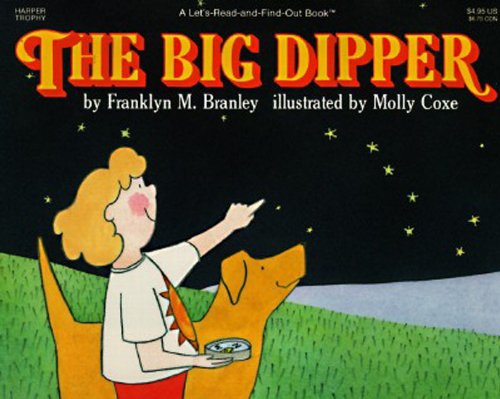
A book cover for The Big Dipper (Let's-Read-and-Find-Out Science 1); Franklyn M. Branley; Science & Math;